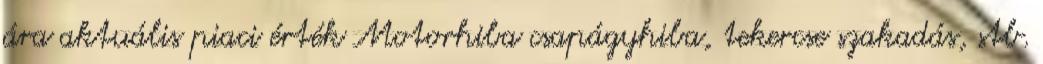
ára aktuális piaci érték Motorhiba csapágyhiba, tekercse szakadás, stb.